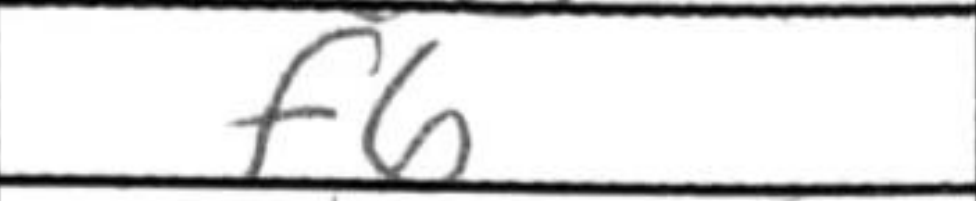
Transcription: f6